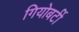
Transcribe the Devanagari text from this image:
गियोबर्टी